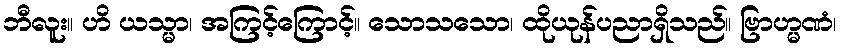
ဘီလူး။ ဟိ ယသ္မာ၊ အကြင့်ကြောင့်။ သောသသော၊ ထိုယုန်ပညာရှိသည်။ ဗြာဟ္မဏံ၊